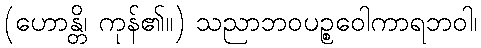
(ဟောန္တိ၊ ကုန်၏။) သညာဘဝပဉ္စဝေါကာရဘဝါ၊